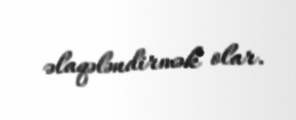
əlaqələndirmək olar.